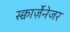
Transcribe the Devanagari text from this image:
स्क्वार्ज़ेनेजर